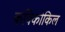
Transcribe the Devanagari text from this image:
कविकोकिल